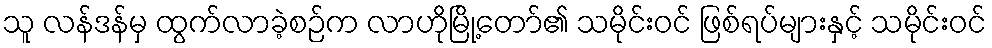
သူ လန်ဒန်မှ ထွက်လာခဲ့စဉ်က လာဟိုမြို့တော်၏ သမိုင်းဝင် ဖြစ်ရပ်များနှင့် သမိုင်းဝင်